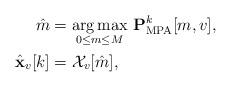
LaTeX: \begin{align*}\begin{aligned}\hat{m} &=\underset{0 \leq m \leq M }{\arg \max } \ \mathbf{P}_{\mathrm{MPA}}^{k}[m, v], \\\hat{\mathbf{x}}_{v}[k] &=\mathcal{X}_{v}[\hat{m}],\end{aligned}\end{align*}